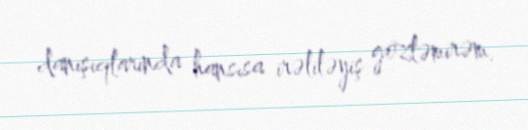
danışıqlarında hansısa irəliləyiş gözləmirəm.